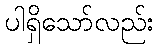
ပါရှိသော်လည်း